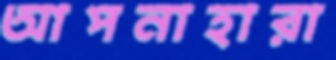
আপনাহারা